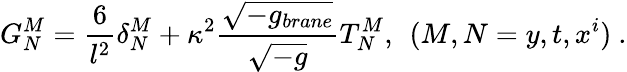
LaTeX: G_{N}^{M}=\frac{6}{l^{2}}\delta_{N}^{M}+\kappa^{2}\frac{\sqrt{-g_{brane}}}{\sqrt{-g}}T_{N}^{M},\: \: (M,N=y,t,x^{i})\ .